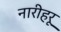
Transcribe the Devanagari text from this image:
नारीहरू